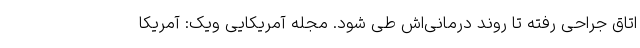
اتاق جراحی رفته تا روند درمانی‌اش طی شود. مجله آمریکایی ویک: آمریکا